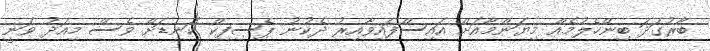
ބާރުގަދަ ބިންހެލުމެއް މިޔަންމާއަށް އައިސްފައިވާއިރު ދެކުނު ޕެސިފިކް ކަނޑަށް ވެސް މިއަދު ވަނީ